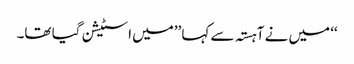
‘‘ میں نے آہستہ سے کہا ’’میں اسٹیشن گیا تھا۔